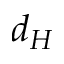
d _ { H }